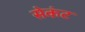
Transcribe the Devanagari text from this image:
सेकंट